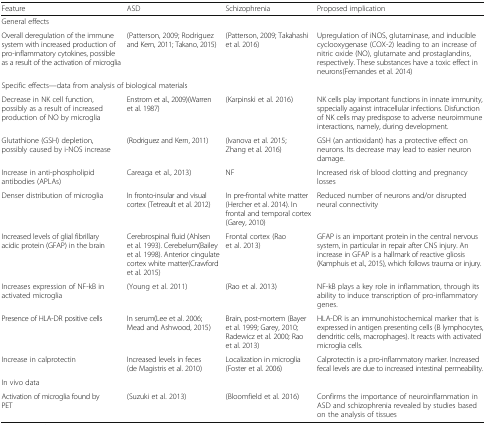
<table><thead><tr><td><b>Feature</b></td><td><b>ASD</b></td><td><b>Schizophrenia</b></td><td><b>Proposed implication</b></td></tr></thead><tbody><tr><td colspan="4">General effects</td></tr><tr><td>Overall deregulation of the immune system with increased production of pro-inflammatory cytokines, possible as a result of the activation of microglia</td><td>(Patterson, 2009; Rodriguez and Kern, 2011; Takano, 2015)</td><td>(Patterson, 2009; Takahashi et al. 2016)</td><td>Upregulation of iNOS, glutaminase, and inducible cyclooxygenase (COX-2) leading to an increase of nitric oxide (NO), glutamate and prostaglandins, respectively. These substances have a toxic effect in neurons(Fernandes et al. 2014)</td></tr><tr><td colspan="4">Specific effects—data from analysis of biological materials</td></tr><tr><td>Decrease in NK cell function, possibly as a result of increased production of NO by microglia</td><td>Enstrom et al., 2009)(Warren et al. 1987)</td><td>(Karpinski et al. 2016)</td><td>NK cells play important functions in innate immunity, sppecially against intracellular infections. Disfunction of NK cells may predispose to adverse neuroimmune interactions, namely, during development.</td></tr><tr><td>Glutathione (GSH) depletion, possibly caused by i-NOS increase</td><td>(Rodriguez and Kern, 2011)</td><td>(Ivanova et al. 2015; Zhang et al. 2016)</td><td>GSH (an antioxidant) has a protective effect on neurons. Its decrease may lead to easier neuron damage.</td></tr><tr><td>Increase in anti-phospholipid antibodies (APLAs)</td><td>Careaga et al., 2013)</td><td>NF</td><td>Increased risk of blood clotting and pregnancy losses</td></tr><tr><td>Denser distribution of microglia</td><td>In fronto-insular and visual cortex (Tetreault et al. 2012)</td><td>In pre-frontal white matter (Hercher et al. 2014). In frontal and temporal cortex(Garey, 2010)</td><td>Reduced number of neurons and/or disrupted neural connectivity</td></tr><tr><td>Increased levels of glial fibrillary acidic protein (GFAP) in the brain</td><td>Cerebrospinal fluid (Ahlsen et al. 1993). Cerebelum(Bailey et al. 1998). Anterior cingulate cortex white matter(Crawford et al. 2015)</td><td>Frontal cortex (Rao et al. 2013)</td><td>GFAP is an important protein in the central nervous system, in particular in repair after CNS injury. An increase in GFAP is a hallmark of reactive gliosis (Kamphuis et al., 2015), which follows trauma or injury.</td></tr><tr><td>Increases expression of NF-kB in activated microglia</td><td>(Young et al. 2011)</td><td>(Rao et al. 2013)</td><td>NF-kB plays a key role in inflammation, through its ability to induce transcription of pro-inflammatory genes.</td></tr><tr><td>Presence of HLA-DR positive cells</td><td>In serum(Lee et al. 2006; Mead and Ashwood, 2015)</td><td>Brain, post-mortem (Bayer et al. 1999; Garey, 2010; Radewicz et al. 2000; Rao et al. 2013)</td><td>HLA-DR is an immunohistochemical marker that is expressed in antigen presenting cells (B lymphocytes, dendritic cells, macrophages). It reacts with activated microglia cells.</td></tr><tr><td>Increase in calprotectin</td><td>Increased levels in feces(de Magistris et al. 2010)</td><td>Localization in microglia(Foster et al. 2006)</td><td>Calprotectin is a pro-inflammatory marker. Increased fecal levels are due to increased intestinal permeability.</td></tr><tr><td colspan="4">In vivo data</td></tr><tr><td>Activation of microglia found by PET</td><td>(Suzuki et al. 2013)</td><td>(Bloomfield et al. 2016)</td><td>Confirms the importance of neuroinflammation in ASD and schizophrenia revealed by studies based on the analysis of tissues</td></tr></tbody></table>